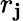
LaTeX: r_{\mathbf{j}}